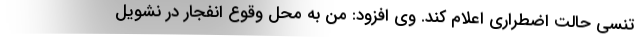
تنسی حالت اضطراری اعلام کند. وی افزود: من به محل وقوع انفجار در نشویل